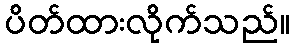
ပိတ်ထားလိုက်သည်။